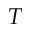
T